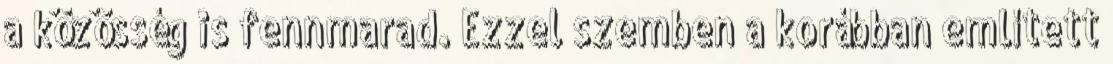
a közösség is fennmarad. Ezzel szemben a korábban említett